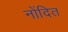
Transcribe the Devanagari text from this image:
नोंदित